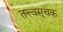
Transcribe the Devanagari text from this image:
तत्त्वसूचक